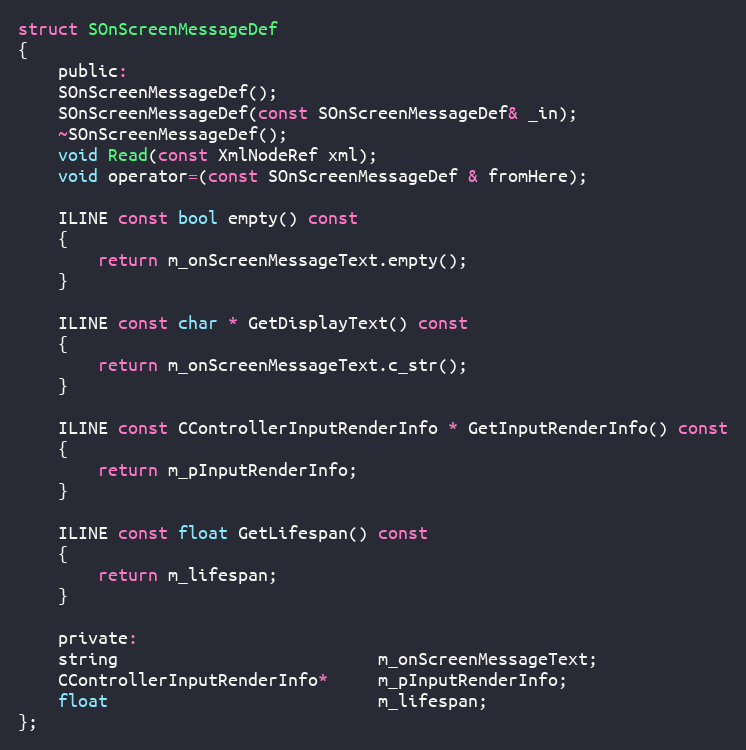
Language: C
struct SOnScreenMessageDef
{
	public:
	SOnScreenMessageDef();
	SOnScreenMessageDef(const SOnScreenMessageDef& _in);
	~SOnScreenMessageDef();
	void Read(const XmlNodeRef xml);
	void operator=(const SOnScreenMessageDef & fromHere);

	ILINE const bool empty() const
	{
		return m_onScreenMessageText.empty();
	}

	ILINE const char * GetDisplayText() const
	{
		return m_onScreenMessageText.c_str();
	}

	ILINE const CControllerInputRenderInfo * GetInputRenderInfo() const
	{
		return m_pInputRenderInfo;
	}

	ILINE const float GetLifespan() const
	{
		return m_lifespan;
	}

	private:
	string                          m_onScreenMessageText;
	CControllerInputRenderInfo*     m_pInputRenderInfo;
	float                           m_lifespan;
};